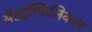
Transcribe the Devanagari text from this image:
अॅस्ट्रॉफिजिकल